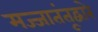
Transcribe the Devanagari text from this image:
मज्जातंतूद्वारे